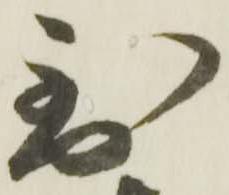
到